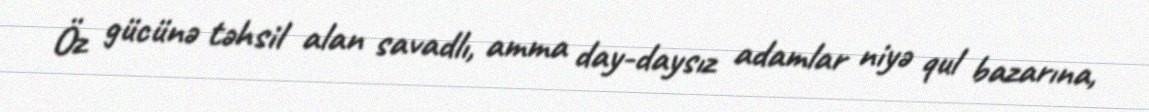
Öz gücünə təhsil alan savadlı, amma day-daysız adamlar niyə qul bazarına,